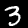
Digit: 3